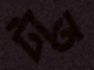
টাত